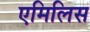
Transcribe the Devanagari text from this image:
एमिलिस